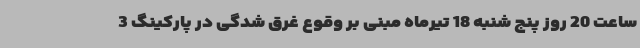
ساعت 20 روز پنج شنبه 18 تیرماه مبنی بر وقوع غرق شدگی در پارکینگ 3